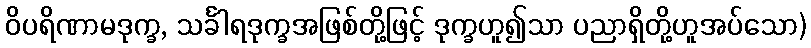
ဝိပရိဏာမဒုက္ခ, သင်္ခါရဒုက္ခအဖြစ်တို့ဖြင့် ဒုက္ခဟူ၍သာ ပညာရှိတို့ဟူအပ်သော)